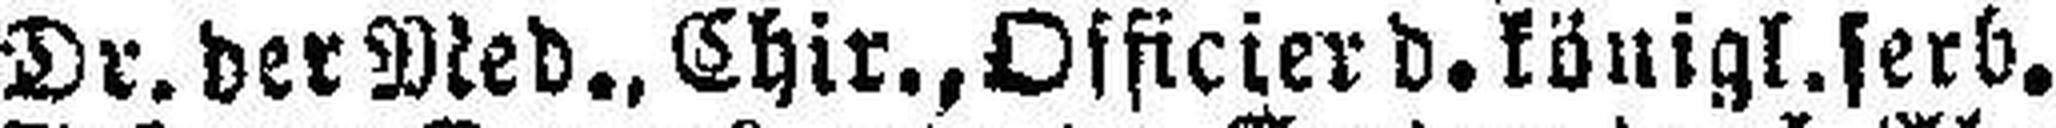
Dr. der Med., Chir., Officier d. königl. serb.